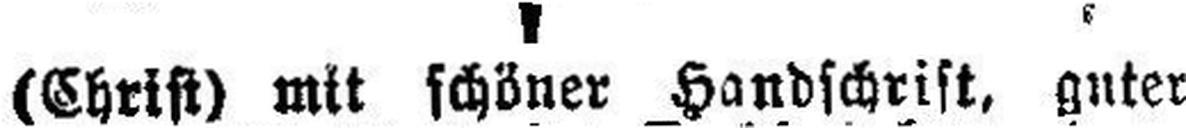
(Christ) mit schöner Handschrift, guter